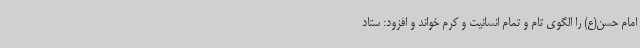
امام حسن(ع) را الگوی تام و تمام انسانیت و کرم خواند و افزود: ستاد